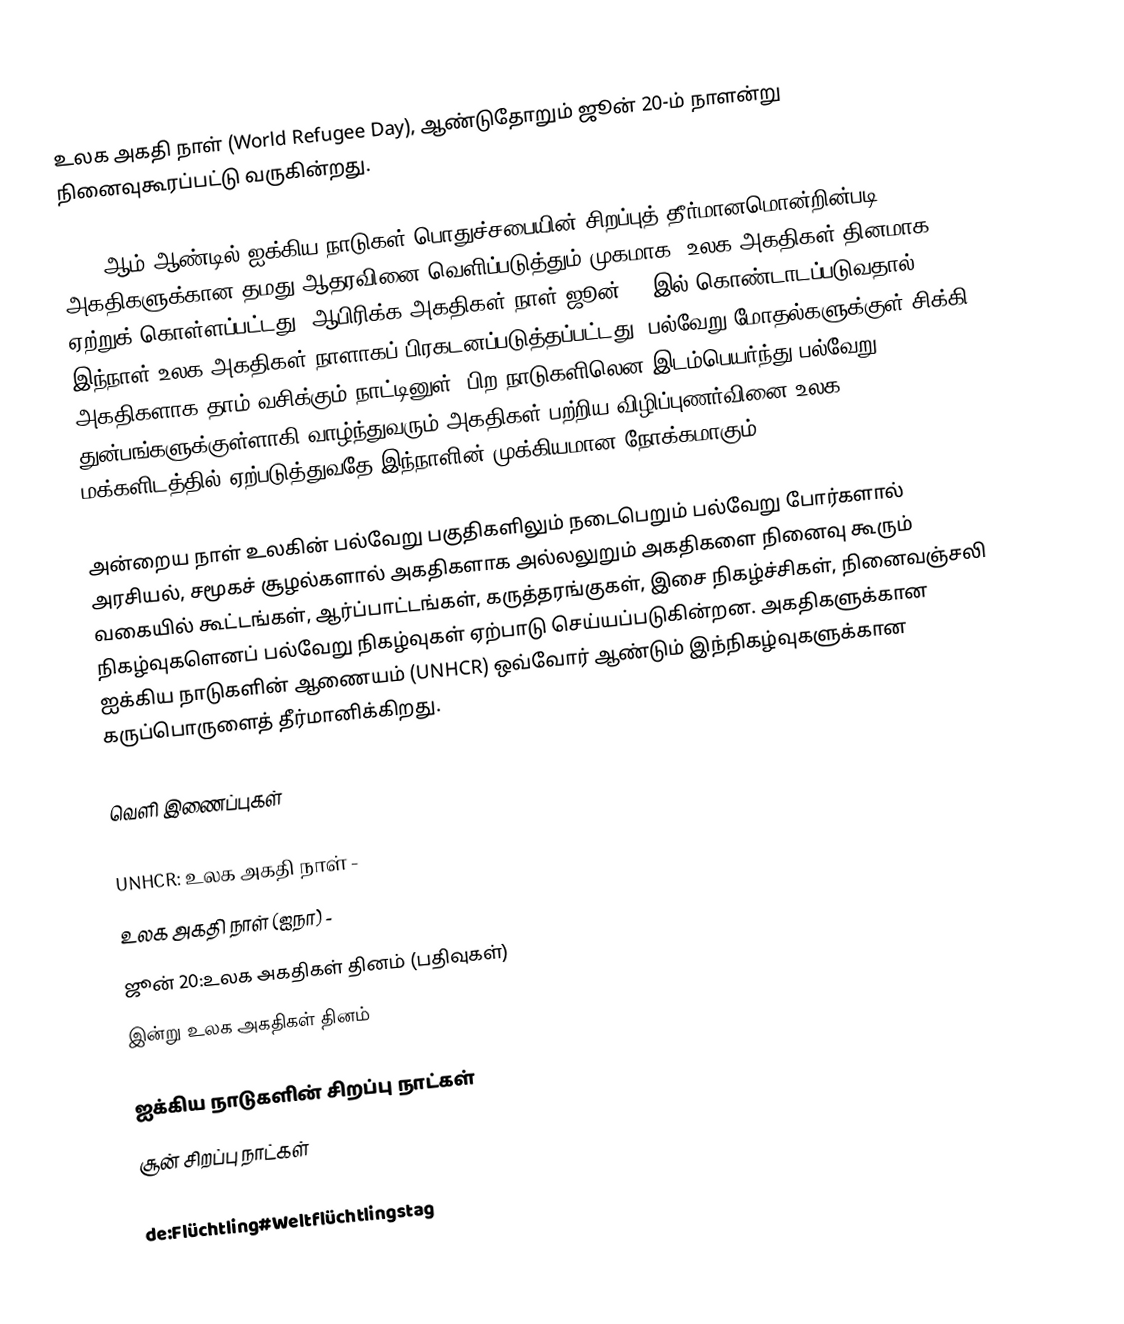
உலக அகதி நாள் (World Refugee Day), ஆண்டுதோறும் ஜூன் 20-ம் நாளன்று நினைவுகூரப்பட்டு வருகின்றது.

2000 ஆம் ஆண்டில் ஐக்கிய நாடுகள் பொதுச்சபையின் சிறப்புத் தீர்மானமொன்றின்படி, அகதிகளுக்கான தமது ஆதரவினை வெளிப்படுத்தும் முகமாக, உலக அகதிகள் தினமாக ஏற்றுக் கொள்ளப்பட்டது. ஆபிரிக்க அகதிகள் நாள் ஜூன் 20 இல் கொண்டாடப்படுவதால் இந்நாள் உலக அகதிகள் நாளாகப் பிரகடனப்படுத்தப்பட்டது. பல்வேறு மோதல்களுக்குள் சிக்கி அகதிகளாக தாம் வசிக்கும் நாட்டினுள், பிற நாடுகளிலென இடம்பெயர்ந்து பல்வேறு துன்பங்களுக்குள்ளாகி வாழ்ந்துவரும் அகதிகள் பற்றிய விழிப்புணர்வினை உலக மக்களிடத்தில் ஏற்படுத்துவதே இந்நாளின் முக்கியமான நோக்கமாகும்.

அன்றைய நாள் உலகின் பல்வேறு பகுதிகளிலும் நடைபெறும் பல்வேறு போர்களால் அரசியல், சமூகச் சூழல்களால் அகதிகளாக அல்லலுறும் அகதிகளை நினைவு கூரும் வகையில் கூட்டங்கள், ஆர்ப்பாட்டங்கள், கருத்தரங்குகள், இசை நிகழ்ச்சிகள், நினைவஞ்சலி நிகழ்வுகளெனப் பல்வேறு நிகழ்வுகள் ஏற்பாடு செய்யப்படுகின்றன. அகதிகளுக்கான ஐக்கிய நாடுகளின் ஆணையம் (UNHCR) ஒவ்வோர் ஆண்டும் இந்நிகழ்வுகளுக்கான கருப்பொருளைத் தீர்மானிக்கிறது.

வெளி இணைப்புகள்

 UNHCR: உலக அகதி நாள் -
 உலக அகதி நாள் (ஐநா) -
 ஜூன் 20:உலக அகதிகள் தினம் (பதிவுகள்)
 இன்று உலக அகதிகள் தினம்

ஐக்கிய நாடுகளின் சிறப்பு நாட்கள்
சூன் சிறப்பு நாட்கள்

de:Flüchtling#Weltflüchtlingstag